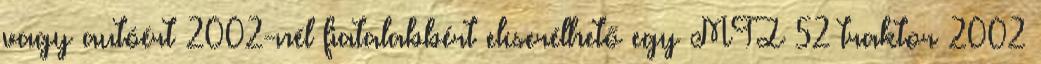
vagy autóért 2002-nél fiatalabbért elcserélhető egy MTZ—52 traktor 2002